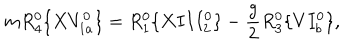
m R _ { 4 } ^ { 0 } \{ X V _ { 1 a } ^ { 0 } \} = R _ { 1 } ^ { 0 } \{ X I I I _ { 2 } ^ { 0 } \} - \frac { g } { 2 } R _ { 3 } ^ { 0 } \{ V I _ { b } ^ { 0 } \} ,